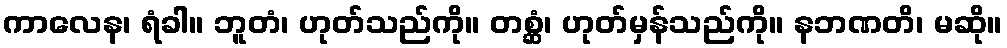
ကာလေန၊ ရံခါ။ ဘူတံ၊ ဟုတ်သည်ကို။ တစ္ဆံ၊ ဟုတ်မှန်သည်ကို။ နဘဏတိ၊ မဆို။